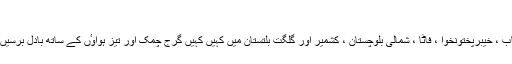
(خبر جاری ہے)
موسم کا حال بتانے والوں کا کہنا ہے کہ اتوار کے روز اسلام آباد ، بالائی پنجاب ، خیبرپختونخوا ، فاٹا ، شمالی بلوچستان ، کشمیر اور گلگت بلتستان میں کہیں کہیں گرج چمک اور تیز ہواوٴں کے ساتھ بادل برسیں گے جبکہ آئندہ ہفتے کے دوران بالائی علاقوں میں مزید بارشیں ہو سکتی ہیں۔